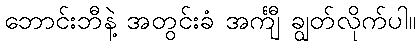
ဘောင်းဘီနဲ့ အတွင်းခံ အင်္ကျီ ချွတ်လိုက်ပါ။